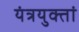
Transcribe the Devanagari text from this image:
यंत्रयुक्तां